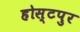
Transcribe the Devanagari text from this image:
होस्टपुर